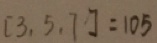
[ 3 , 5 , 7 ] = 1 0 5